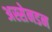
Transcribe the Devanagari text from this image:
अस्सेनडन